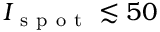
I _ { \mathrm { ~ s ~ p ~ o ~ t ~ } } \lesssim 5 0